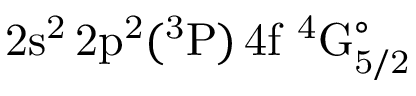
\mathrm { 2 s ^ { 2 } \, 2 p ^ { 2 } ( ^ { 3 } P ) \, 4 f ~ ^ { 4 } G _ { 5 / 2 } ^ { \circ } }